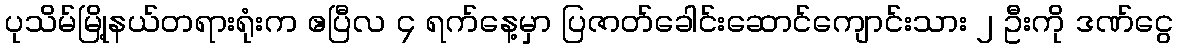
ပုသိမ်မြို့နယ်တရားရုံးက ဧပြီလ ၄ ရက်နေ့မှာ ပြဇာတ်ခေါင်းဆောင်ကျောင်းသား ၂ ဦးကို ဒဏ်ငွေ